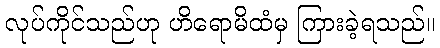
လုပ်ကိုင်သည်ဟု ဟိရောမိထံမှ ကြားခဲ့ရသည်။